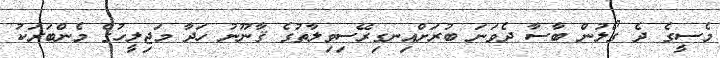
މެސީގެ ދެ ގޯލުން ބާސާ ދެވަނަ ބުރަށްއިނގިރޭސިވިލާތުގެ ޤާނޫނު ހަދާ މަޖިލީހުގެ މެންބަރަކު